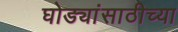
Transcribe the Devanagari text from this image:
घोड्यांसाठीच्या